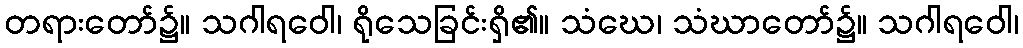
တရားတော်၌။ သဂါရဝေါ၊ ရိုသေခြင်းရှိ၏။ သံဃေ၊ သံဃာတော်၌။ သဂါရဝေါ၊